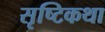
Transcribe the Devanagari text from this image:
सृष्टिकथा